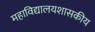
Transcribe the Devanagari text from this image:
महाविद्यालयशासकीय